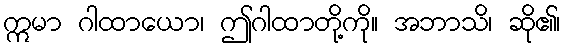
ဣမာ ဂါထာယော၊ ဤဂါထာတို့ကို။ အဘာသိ၊ ဆို၏၊